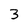
Character: 3